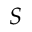
S